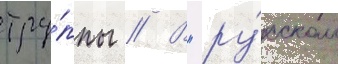
тру́ппы // В "ру́сском